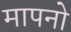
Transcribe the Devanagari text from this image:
मापनो